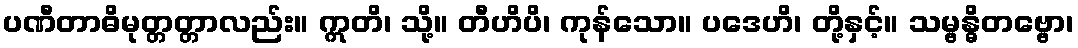
ပဏီတာဓိမုတ္တတ္တာလည်း။ ဣတိ၊ သို့။ တီဟိပိ၊ ကုန်သော။ ပဒေဟိ၊ တို့နှင့်။ သမ္ဗန္ဓိတဗ္ဗော၊